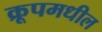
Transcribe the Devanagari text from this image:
क्रूपमधील